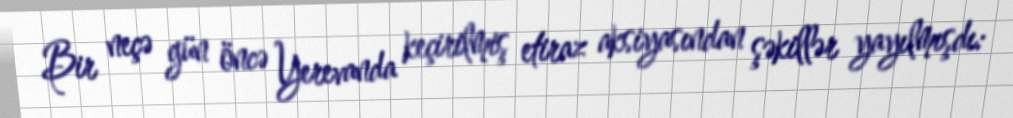
Bir neçə gün öncə Yerevanda keçirilmiş etiraz aksiyasından şəkillər yayılmışdı: